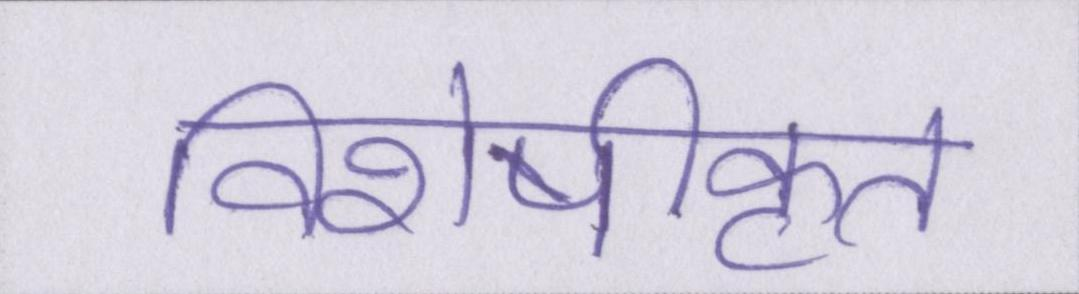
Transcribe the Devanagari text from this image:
विशेषीकृत